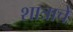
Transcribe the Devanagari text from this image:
शात्राचे